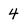
Character: 4